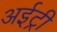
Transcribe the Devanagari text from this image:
अईट्री